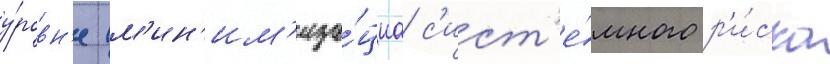
у́ровн'е (м'ин'им'иза́циа с'ист'е́много р'и́ска